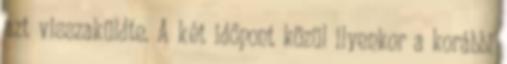
azt visszaküldte. A két időpont közül ilyenkor a korábbi